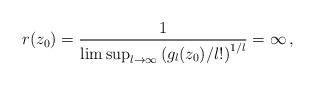
LaTeX: \begin{align*}r(z_0) = \frac{1}{\limsup_{l\to\infty}\left(g_l(z_0)/l!\right)^{1/l}} =\infty\,,\end{align*}